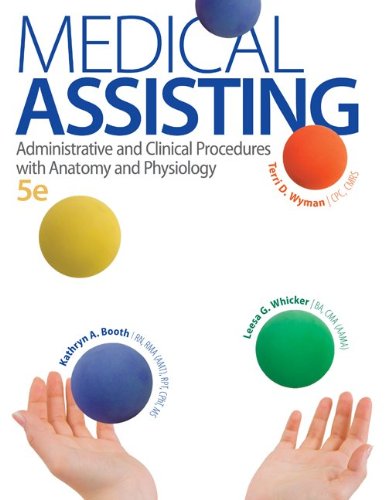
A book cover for Medical Assisting: Administrative and Clinical Procedures with Anatomy and Physiology, 5th Edition; Kathryn A. Booth; Medical Books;